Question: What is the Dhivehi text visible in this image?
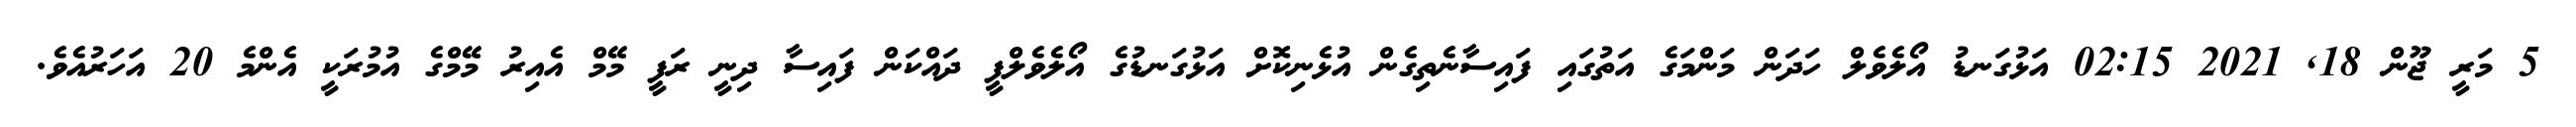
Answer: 5 މަރީ ޖޫން 18, 2021 02:15 އަޅުގަނޑު އޯލެވެލް ހަދަން މަންމަގެ އަތުގައި ފައިސާނެތިގެން އުޅެނިކޮށް އަޅުގަނޑުގެ އޯލެވެލްފީ ދައްކަން ފައިސާ ދިނީ ރަފީ މޭމް އެއިރު މޭމްގެ އުމުރަކީ އެންމެ 20 އަހަރުއެވެ.